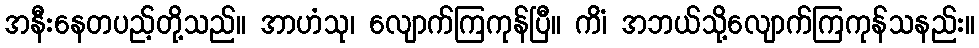
အနီးနေတပည့်တို့သည်။ အာဟံသု၊ လျောက်ကြကုန်ပြီ။ ကိံ၊ အဘယ်သို့လျောက်ကြကုန်သနည်း။